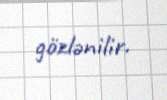
gözlənilir.